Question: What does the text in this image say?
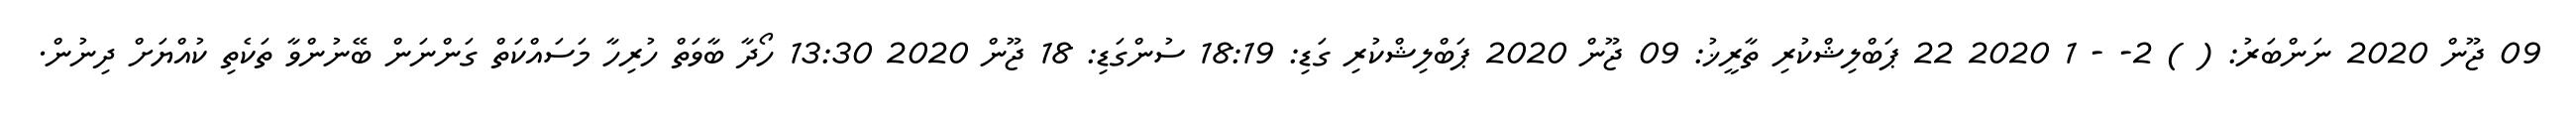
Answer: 09 ޖޫން 2020 ނަންބަރު: ( ) 2- - 1 2020 22 ޕަބްލިޝްކުރި ތާރީޚު: 09 ޖޫން 2020 ޕަބްލިޝްކުރި ގަޑި: 18:19 ސުންގަޑި: 18 ޖޫން 2020 13:30 ހޯދާ ބާވަތް ހުރިހާ މަސައްކަތް ގަންނަން ބޭނުންވާ ތަކެތި ކުއްޔަށް ދިނުން.